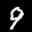
Label: 9